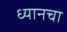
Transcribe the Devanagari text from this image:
ध्यानचा